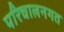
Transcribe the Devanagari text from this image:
परिचालनगत